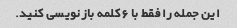
این جمله را فقط با 6 کلمه بازنویسی کنید.